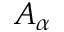
A _ { \alpha }